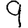
Digit: 9